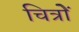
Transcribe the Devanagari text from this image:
चित्रोें